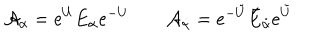
{ \cal A } _ { \alpha } = e ^ { U } E _ { \alpha } e ^ { - U } \qquad { \cal A } _ { \dot { \alpha } } = e ^ { - \tilde { U } } \bar { E } _ { \dot { \alpha } } e ^ { \tilde { U } }